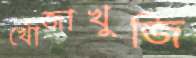
খোঁজাখুজি